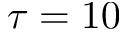
\tau = 1 0